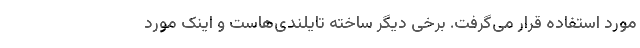
مورد استفاده قرار می‌گرفت. برخی دیگر ساخته تایلندی‌هاست و اینک مورد